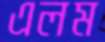
এলম